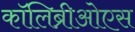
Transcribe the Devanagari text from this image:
कॉलिब्रीओएस